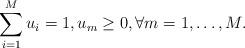
LaTeX: \begin{gather*}\sum\limits_{i=1}^M u_i = 1,u_m \ge 0,\forall m=1, \ldots, M.\end{gather*}